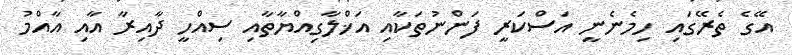
އޭގެ ތެރޭގައި ހިމެނެނީ އަސްކަރީ ފަންނުތަކާއި އަޚްލާގިއްޔާތާއި ސިއްހީ ދާއިރާ އާއި އާއްމު